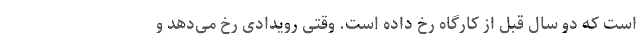
است که دو سال قبل از کارگاه رخ داده است. وقتی رویدادی رخ می‌دهد و